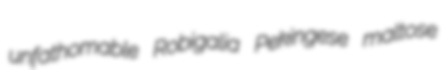
unfathomable Robigalia Pekingese maltose